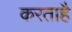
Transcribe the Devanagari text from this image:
करताहै